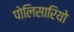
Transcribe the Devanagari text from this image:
पोलिसारियो